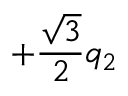
+ \frac { \sqrt { 3 } } { 2 } q _ { 2 }